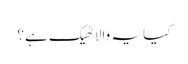
کیا یہ والا ٹھیک ہے؟